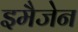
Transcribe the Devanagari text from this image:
इमैजेन